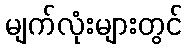
မျက်လုံးများတွင်